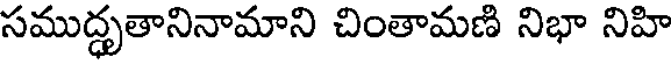
సముద్ధృతానినామాని చింతామణి నిభా నిహి